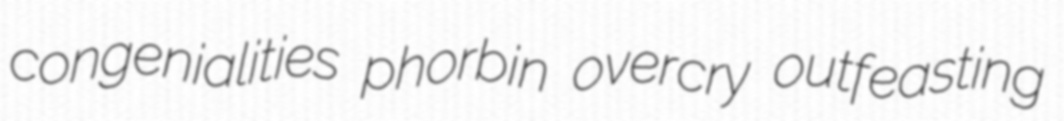
congenialities phorbin overcry outfeasting